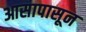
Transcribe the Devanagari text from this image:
आसापासून